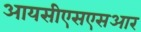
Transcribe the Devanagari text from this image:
आयसीएसएसआर